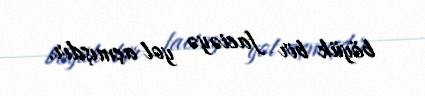
böyük bir faciəyə yol açmışdır.